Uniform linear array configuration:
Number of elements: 16
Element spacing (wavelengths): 1
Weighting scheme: kaiser
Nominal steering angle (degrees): -45
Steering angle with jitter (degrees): -44.563
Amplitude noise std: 0.05
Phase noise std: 0.05

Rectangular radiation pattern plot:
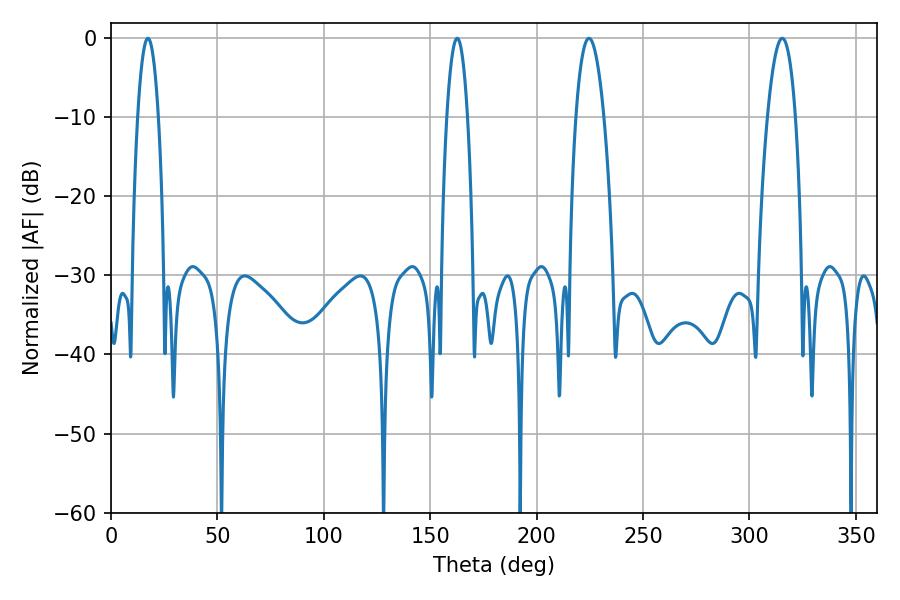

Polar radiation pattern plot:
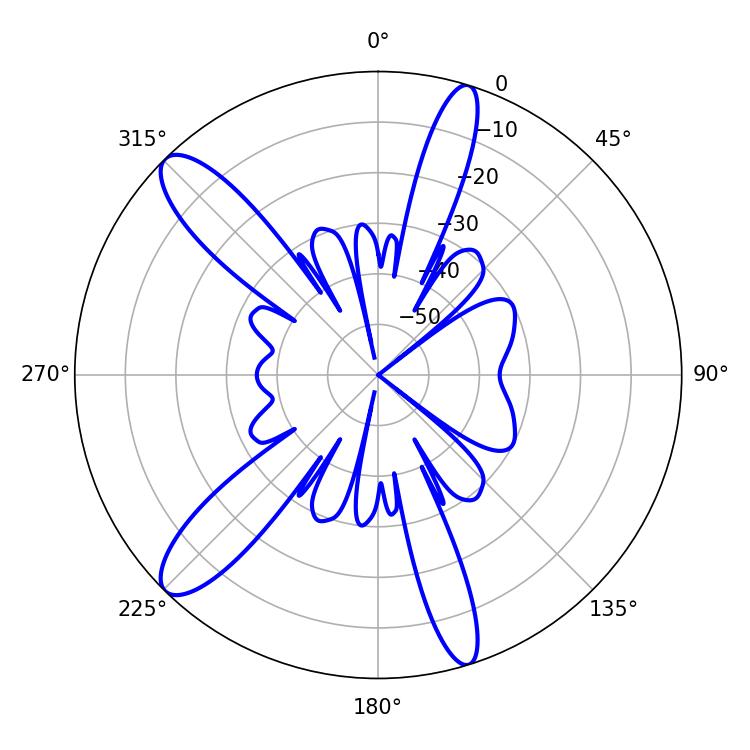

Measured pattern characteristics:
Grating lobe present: TRUE
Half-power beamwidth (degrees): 7.38
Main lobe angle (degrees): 224.64